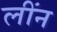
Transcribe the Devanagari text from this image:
लींन